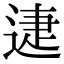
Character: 𨓰